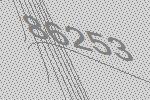
86253